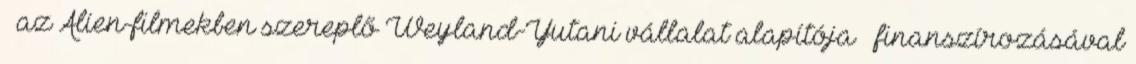
– az Alien-filmekben szereplő Weyland-Yutani vállalat alapítója – finanszírozásával